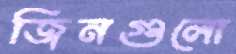
জিনগুলো